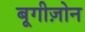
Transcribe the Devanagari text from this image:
बूगीज़ोन